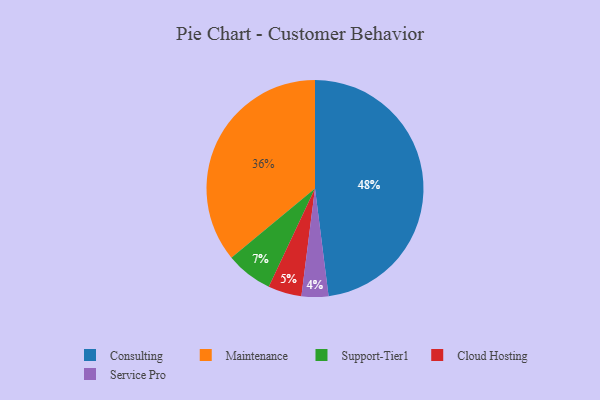
{"axis": {"x": "Category", "y": "Percentage"}, "legend": ["Cloud Hosting", "Consulting", "Maintenance", "Service Pro", "Support-Tier1"], "data": [{"x": "Consulting", "y": 48, "type": "Consulting"}, {"x": "Cloud Hosting", "y": 5, "type": "Cloud Hosting"}, {"x": "Service Pro", "y": 4, "type": "Service Pro"}, {"x": "Maintenance", "y": 36, "type": "Maintenance"}, {"x": "Support-Tier1", "y": 7, "type": "Support-Tier1"}]}